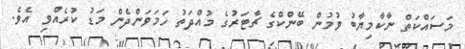
މަސައްކަތް ނާކާމިޔާބު ވުމުން ބޭންކްގެ ޗާޓަރުގެ މުއްދަތު ހަމަވަންދެން މަޑު ކުރެއްވި އެވެ.